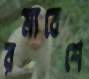
রম্যবেশে